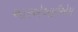
આરએઆઈએમ